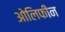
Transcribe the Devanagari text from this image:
ओलिफीन